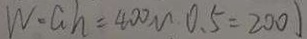
W = a h = 4 0 0 m 0 . 5 = 2 0 0 )